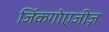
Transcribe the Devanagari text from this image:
जिंकगोएजीज़